Indian journal of veterinary science and animal husbandry - Volume 3,
Year: 1933
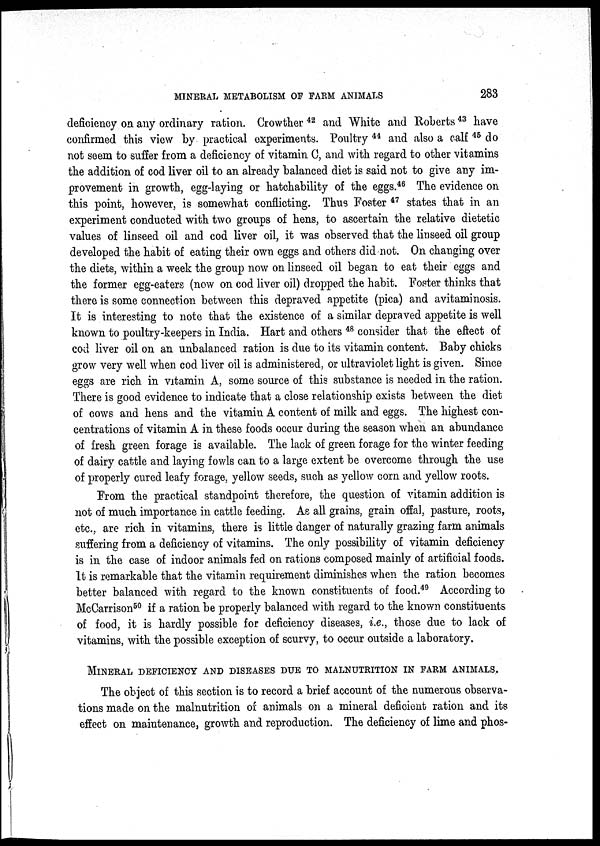
MINERAL METABOLISM OF FARM ANIMALS
283
deficiency on any ordinary ration. Crowther 42 and White and Roberts 43 have
confirmed this view by practical experiments. Poultry 44 and also a calf 45 do
not seem to suffer from a deficiency of vitamin C, and with regard to other vitamins
the addition of cod liver oil to an already balanced diet is said not to give any im-
provement in growth, egg-laying or hatchability of the eggs. 46 The evidence on
this point, however, is somewhat conflicting. Thus Foster 47 states that in an
experiment conducted with two groups of hens, to ascertain the relative dietetic
values of linseed oil and cod liver oil, it was observed that the linseed oil group
developed the habit of eating their own eggs and others did not. On changing over
the diets, within a week the group now on linseed oil began to eat their eggs and
the former egg-eaters (now on cod liver oil) dropped the habit. Foster thinks that
there is some connection between this depraved appetite (pica) and avitaminosis.
It is interesting to note that the existence of a similar depraved appetite is well
known to poultry-keepers in India. Hart and others 48 consider that the effect of
cod liver oil on an unbalanced ration is due to its vitamin content. Baby chicks
grow very well when cod liver oil is administered, or ultraviolet light is given. Since
eggs are rich in vitamin A, some source of this substance is needed in the ration.
There is good evidence to indicate that a close relationship exists between the diet
of cows and hens and the vitamin A content of milk and eggs. The highest con-
centrations of vitamin A in these foods occur during the season when an abundance
of fresh green forage is available. The lack of green forage for the winter feeding
of dairy cattle and laying fowls can to a large extent be overcome through the use
of properly cured leafy forage, yellow seeds, such as yellow corn and yellow roots.
From the practical standpoint therefore, the question of vitamin addition is
not of much importance in cattle feeding. As all grains, grain offal, pasture, roots,
etc., are rich in vitamins, there is little danger of naturally grazing farm animals
suffering from a deficiency of vitamins. The only possibility of vitamin deficiency
is in the case of indoor animals fed on rations composed mainly of artificial foods.
It is remarkable that the vitamin requirement diminishes when the ration becomes
better balanced with regard to the known constituents of food. 49 According to
McCarrison 50 if a ration be properly balanced with regard to the known constituents
of food, it is hardly possible for deficiency diseases, i.e., those due to lack of
vitamins, with the possible exception of scurvy, to occur outside a laboratory.
MINERAL DEFICIENCY AND DISEASES DUE TO MALNUTRITION IN FARM ANIMALS
The object of this section is to record a brief account of the numerous observa-
tions made on the malnutrition of animals on a mineral deficient ration and its
effect on maintenance, growth and reproduction. The deficiency of lime and phos¬